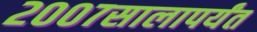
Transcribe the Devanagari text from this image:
२००७सालापर्यंत